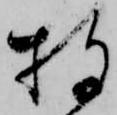
披